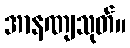
အာနဏျသုတ်။